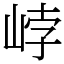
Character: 㟑